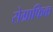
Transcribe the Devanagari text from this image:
सेग्राफिक